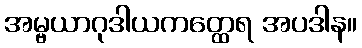
အမ္ဗယာဂုဒါယကတ္ထေရ အပဒါန။